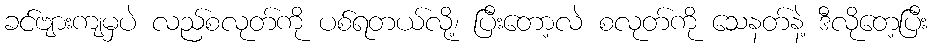
ခင်ဗျားကျမှပဲ လည်စလုတ်ကို ပစ်ရတယ်လို့၊ ပြီးတော့လဲ စလုတ်ကို သေနတ်နဲ့ ဒီလိုတေ့ပြီး